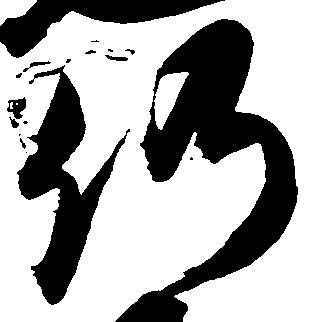
仍